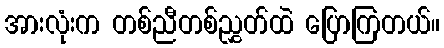
အားလုံးက တစ်ညီတစ်ညွှတ်ထဲ ပြောကြတယ်။